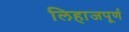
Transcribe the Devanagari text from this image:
लिहाजपूर्ण